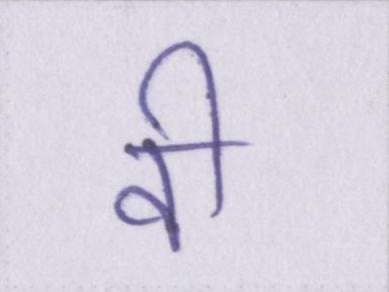
वी